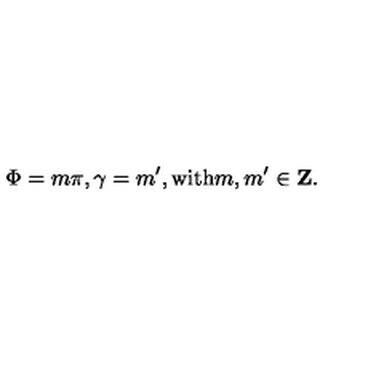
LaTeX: \Phi = m \pi , \gamma = m ^ { \prime } , \mathrm { w i t h } m , m ^ { \prime } \in \mathrm { { \bf Z } } .